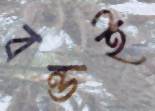
বন্ডই